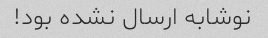
نوشابه ارسال نشده بود!